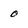
Character: 0